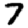
Digit: 7